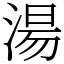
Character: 湯